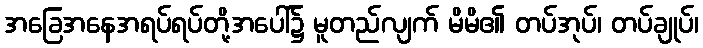
အခြေအနေအရပ်ရပ်တို့အပေါ်၌ မူတည်လျက် မိမိ၏ တပ်အုပ်၊ တပ်ချုပ်၊